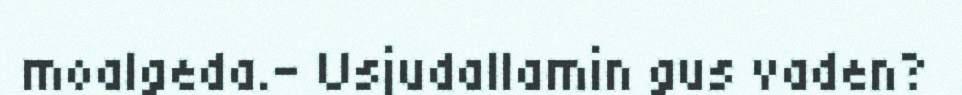
moalgeda.– Usjudallamin gus vaden?